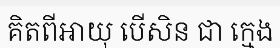
គិតពីអាយុ បើសិន ជា ក្មេង